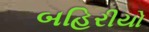
બહિરીયો